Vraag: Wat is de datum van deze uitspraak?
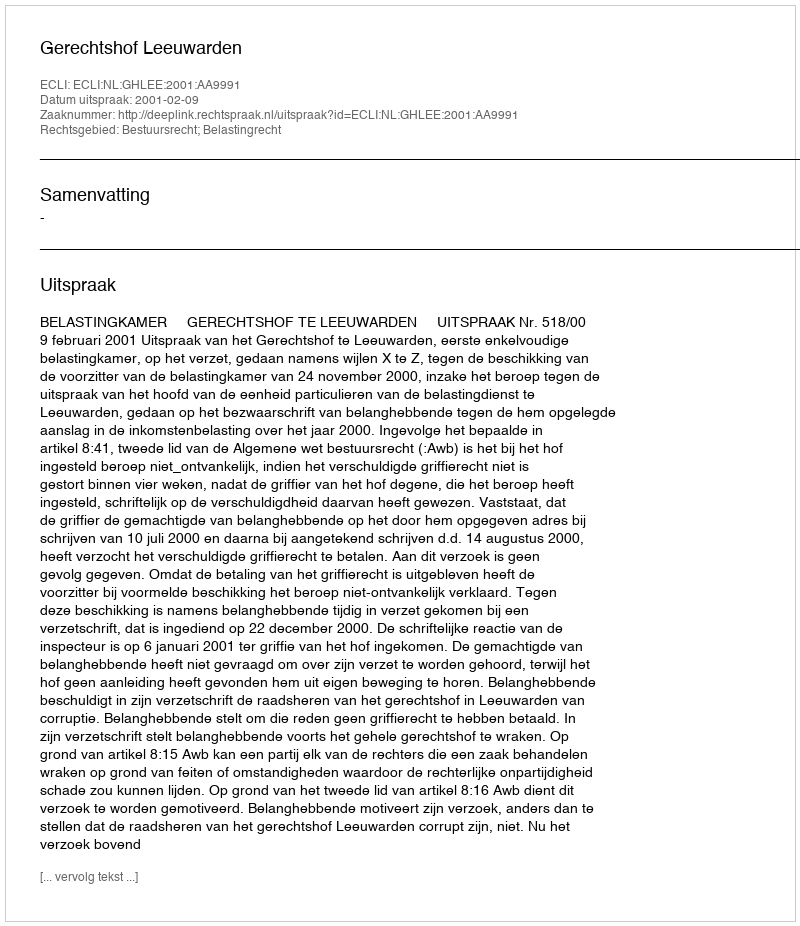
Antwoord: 2001-02-09